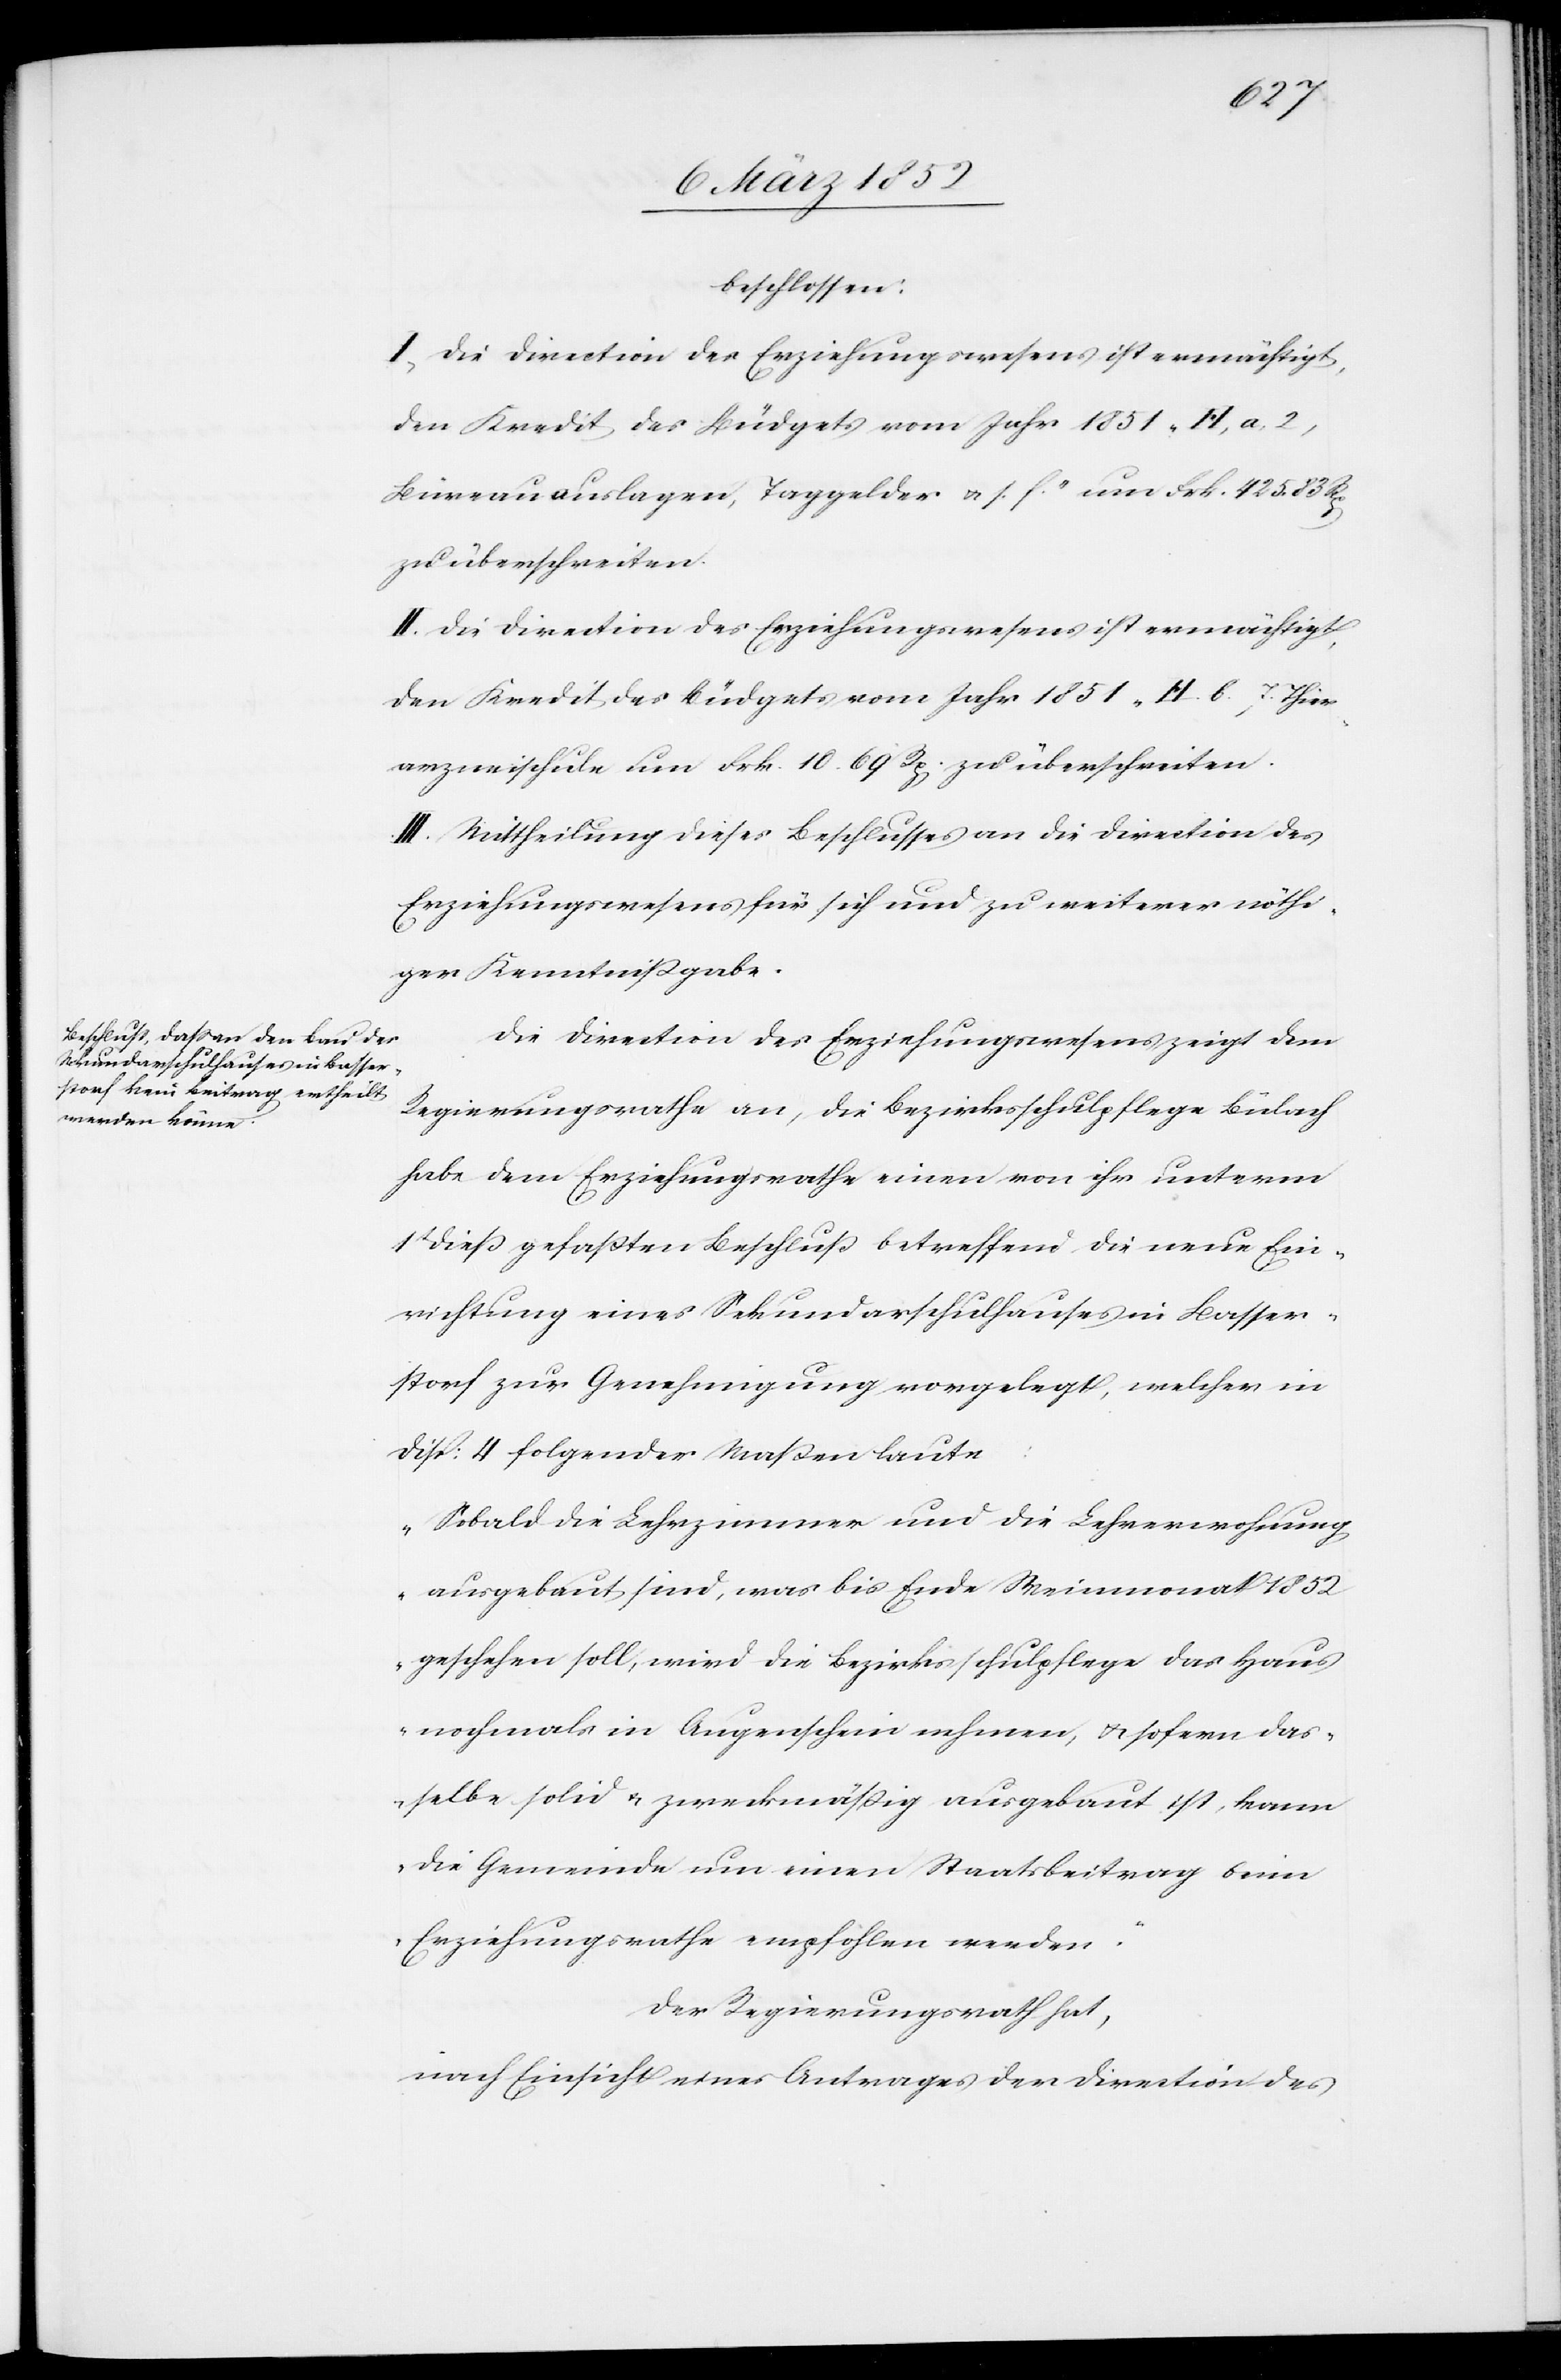
beschlossen:
I. Die Direction des Erziehungswesens ist ermächtigt,
den Kredit des Büdgets vom Jahr 1851 „H, a, 2,
Büreauauslagen, Taggelder u. s. f.“ um Frk. 425. 83 Rp
zu überschreiten.
II. Die Direction des Erziehungswesens ist ermächtigt,
den Kredit des Büdgets vom Jahr 1851 „H. 6. 7. Thier¬
arzneyschule[“] um Frk. 10. 69 Rp zu überschreiten.
III. Mittheilung dieses Beschlußes an die Direction des
Erziehungswesens für sich und zu weiterer nöthi¬
ger Kenntnißgabe.
Die Direction des Erziehungswesens zeigt dem
Regierungsrathe an, die Bezirksschulpflege Bülach
habe dem Erziehungsrathe einen von ihr unterm
1t dieß gefaßten Beschluß betreffend die neue Ein¬
richtung eines Sekundarschulhauses in Basser¬
storf zur Genehmigung vorgelegt, welcher in
Disp: 4 folgender Maßen laute:
„Sobald die Lehrerzimmer und die Lehrerwohnung
ausgebaut sind, was bis Ende Weinmonat 1852
geschehen soll, wird die Bezirksschulpflege das Haus
nochmals in Augenschein nehmen, u. sofern das¬
selbe solid u. zweckmäßig ausgebaut ist, kann
die Gemeinde um einen Staatsbeitrag beim
Erziehungsrathe empfohlen werden.“
Der Regierungsrath hat,
nach Einsicht eines Antrages der Direction des